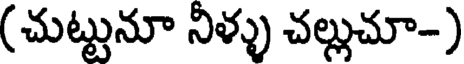
(చుట్టునూ నీళ్ళు చల్లుచూ-)